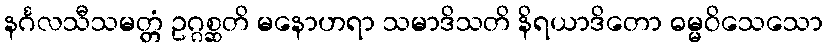
နင်္ဂလသီသမတ္တံ ဥဂ္ဂစ္ဆတိ မနောဟရာ သမာဒိသတိ နိရယာဒိတော ဓမ္မဝိသေသော